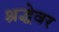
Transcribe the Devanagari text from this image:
श्रद्धेवर